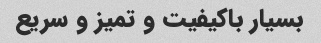
بسیار باکیفیت و تمیز و سریع